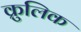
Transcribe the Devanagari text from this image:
क्रुलिक